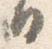
日